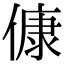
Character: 𬿛